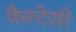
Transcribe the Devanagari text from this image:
फैन्टेसी